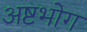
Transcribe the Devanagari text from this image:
अष्टभोग